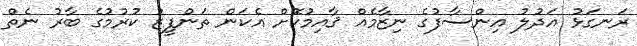
ރަނގަޅު އަދުލު އިންސާފުގެ ނިޒާމެއް ޤާއިމުކޮށް އެކަން ތަންފީޒު ކުރުމުގެ ބާރު ނެތް